Vaccination in Bombay 1889-1901 - 1889-1901
Year: 1889
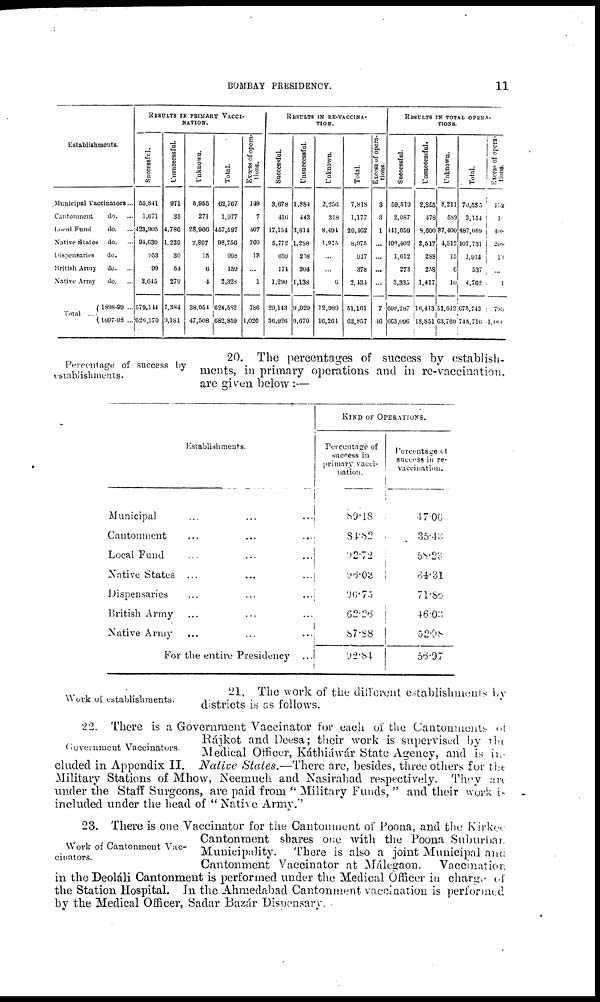
BOMBAY PRESIDENCY.
11
Establishments.
Municipal Vaccinators...
Cantonment
do. ...
Local Fund
do. ...
Native States do. ...
Dispensaries
do. ...
British Army
do. ...
Native Army
do. ...
Total ...
1898-99 ...
1897-98 ...
RESULTS IN PRIMARY VACCI-
NATION.
Successful.
55,841
1,671
423,905
94,630
953
99
2,045
579,144
626,170
Unsuccessful.
971
35
4,786
1,229
30
54
279
7,384
9,181
Unknown.
5,955
271
28,906
2,897
15
6
4
38,054
47,508
Total.
62,767
1,977
457,597
98,756
998
159
2,328
624,582
682,859
Excess of opera-
tions.
149
7
407
209
13
...
1
786
1,020
RESULTS IN RE-VACCINA-
TION.
Successful.
3,678
416
17,154
5,772
659
174
1,290
29,143
36,926
Unsuccessful.
1,884
443
3,814
1,288
258
204
1,138
9,029
9,670
Unknown.
2,256
318
8,494
1,915
...
...
6
12,089
16,261
Total.
7,818
1,177
29,462
8,975
917
378
2,434
51,161
62,857
Excess of opera-
tions.
3
3
1
...
...
...
...
7
46
RESULTS IN TOTAL OPERA¬
TIONS.
Successful.
59,519
2,087
441,059
100,402
1,612
273
3,335
608,287
663,096
Unsuccessful.
2,855
478
8,600
2,517
288
258
1,417
16,413
18,851
Unknown.
8,211
589
37,400
4,812
15
6
10
51,043
63,769
Total.
70,585
3,154
487,059
107,731
1,915
537
4,762
675,743
745,716
Excess of opera-
tions.
132
1
408
209
13
...
1
793
1,060
Percentage of success by
establishments.
20. The percentages of success by establish-
ments, in primary operations and in re-vaccination,
are given below :—
Establishments.
Municipal ... ... ...
Cantonment ... ... ...
Local Fund ... ... ...
Native States ... ... ...
Dispensaries ... ... ...
British Army ... ... ...
Native Army
For the entire Presidency ...
KIND OF OPERATIONS.
Percentage of
success in
primary vacci-
nation.
89.18
84.82
92.72
96.03
96.75
62.26
87.88
92.84
Percentage of
success in re¬
vaccination.
47.06
35.43
58.23
64.31
71.85
46.03
52.98
56.97
Work of establishments.
21. The work of the different establishments by
districts is as follows.
22. There is a Government Vaccinator for each of the Cantonments of
Rájkot and Deesa; their work is supervised by the
Medical Officer, Káthiáwár State Agency, and is in¬
cluded in Appendix II. Native States.—There are, besides, three others for the
Military Stations of Mhow, Neemuch and Nasirabad respectively. They are
under the Staff Surgeons, are paid from " Military Funds, " and their work is
included under the head of " Native Army."
Govern ment Vaccinators.
Work of Cantonment Vac-
cinators.
23. There is one Vaccinator for the Cantonment of Poona, and the Kirkee
Cantonment shares one with the Poona Suburban
Municipality. There is also a joint Municipal and
Cantonment Vaccinator at Málegaon.
Vaccination
in the Deoláli Cantonment is performed under the Medical Officer in charge of
the Station Hospital. In the Ahmedabad Cantonment vaccination is performed
by the Medical Officer, Sadar Bazár Dispensary.